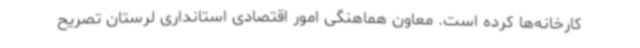
کارخانه‌ها کرده است. معاون هماهنگی امور اقتصادی استانداری لرستان تصریح